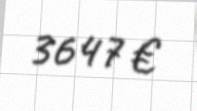
3647 €